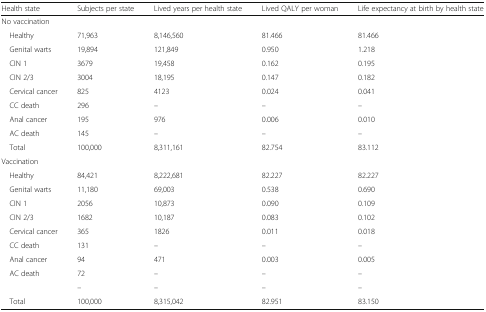
<table><thead><tr><td><b>Health state</b></td><td><b>Subjects per state</b></td><td><b>Lived years per health state</b></td><td><b>Lived QALY per woman</b></td><td><b>Life expectancy at birth by health state</b></td></tr></thead><tbody><tr><td colspan="5">No vaccination</td></tr><tr><td> Healthy</td><td>71,963</td><td>8,146,560</td><td>81.466</td><td>81.466</td></tr><tr><td> Genital warts</td><td>19,894</td><td>121,849</td><td>0.950</td><td>1.218</td></tr><tr><td> CIN 1</td><td>3679</td><td>19,458</td><td>0.162</td><td>0.195</td></tr><tr><td> CIN 2/3</td><td>3004</td><td>18,195</td><td>0.147</td><td>0.182</td></tr><tr><td> Cervical cancer</td><td>825</td><td>4123</td><td>0.024</td><td>0.041</td></tr><tr><td> CC death</td><td>296</td><td>–</td><td>–</td><td>–</td></tr><tr><td> Anal cancer</td><td>195</td><td>976</td><td>0.006</td><td>0.010</td></tr><tr><td> AC death</td><td>145</td><td>–</td><td>–</td><td>–</td></tr><tr><td> Total</td><td>100,000</td><td>8,311,161</td><td>82.754</td><td>83.112</td></tr><tr><td colspan="5">Vaccination</td></tr><tr><td> Healthy</td><td>84,421</td><td>8,222,681</td><td>82.227</td><td>82.227</td></tr><tr><td> Genital warts</td><td>11,180</td><td>69,003</td><td>0.538</td><td>0.690</td></tr><tr><td> CIN 1</td><td>2056</td><td>10,873</td><td>0.090</td><td>0.109</td></tr><tr><td> CIN 2/3</td><td>1682</td><td>10,187</td><td>0.083</td><td>0.102</td></tr><tr><td> Cervical cancer</td><td>365</td><td>1826</td><td>0.011</td><td>0.018</td></tr><tr><td> CC death</td><td>131</td><td>–</td><td>–</td><td>–</td></tr><tr><td> Anal cancer</td><td>94</td><td>471</td><td>0.003</td><td>0.005</td></tr><tr><td> AC death</td><td>72</td><td>–</td><td>–</td><td>–</td></tr><tr><td></td><td>–</td><td>–</td><td>–</td><td>–</td></tr><tr><td> Total</td><td>100,000</td><td>8,315,042</td><td>82.951</td><td>83.150</td></tr></tbody></table>